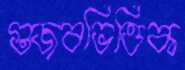
গুজবভিত্তিক